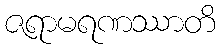
ဇရာမရဏဿာတိ